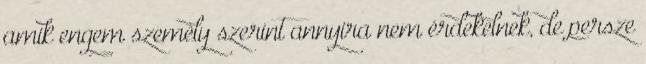
amik engem személy szerint annyira nem érdekelnek, de persze